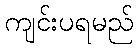
ကျင်းပရမည်